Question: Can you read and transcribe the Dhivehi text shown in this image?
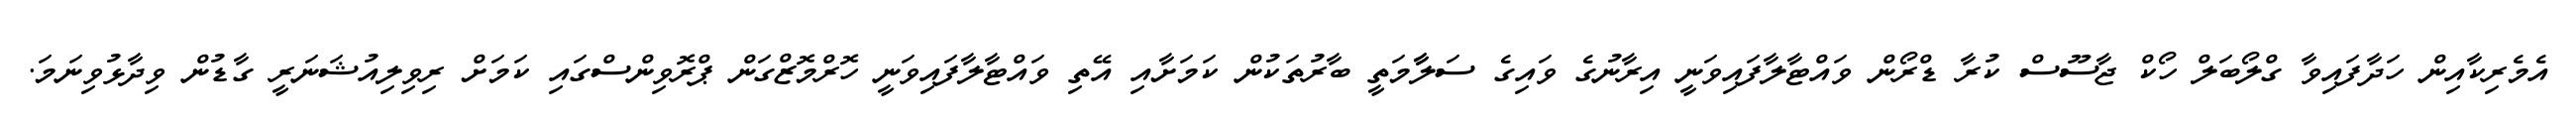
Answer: އެމެރިކާއިން ހަދާފައިވާ ގްލޯބަލް ހޯކް ޖާސޫސް ކުރާ ޑްރޯން ވައްޓާލާފައިވަނީ އިރާނުގެ ވައިގެ ސަލާާމަތީ ބާރުތަކުން ކަމަށާއި އޭތި ވައްޓާލާފައިވަނީ ހޮރްމޮޒްގަން ޕްރޮވިންސްގައި ކަމަށް ރިވިލިއުޝަނަރީ ގާޑުން ވިދާޅުވިނަމަ.